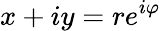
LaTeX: x+iy=re^{i\varphi}